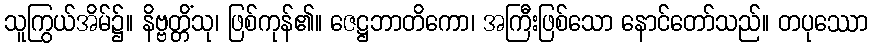
သူကြွယ်အိမ်၌။ နိဗ္ဗတ္တိံသု၊ ဖြစ်ကုန်၏။ ဇေဋ္ဌဘာတိကော၊ အကြီးဖြစ်သော နောင်တော်သည်။ တပုဿော